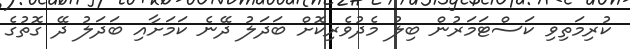
ކުރިމަތިވި ކަސްޓަމަރުން ބިލު މެދުވެރިކޮށް ބަދަލު ދޭނެ ކަމަށާއި ބަދަލު ދޭ ގޮތުގެ